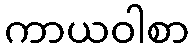
ကာယဝါစာ